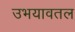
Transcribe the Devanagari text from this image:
उभयावतल